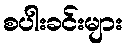
စပါးခင်းများ